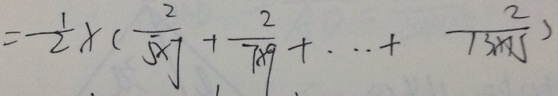
= \frac { 1 } { 2 } \times ( \frac { 2 } { 5 \times 7 } + \frac { 2 } { 7 \times 9 } + \cdots + \frac { 2 } { 1 3 \times 1 5 } )